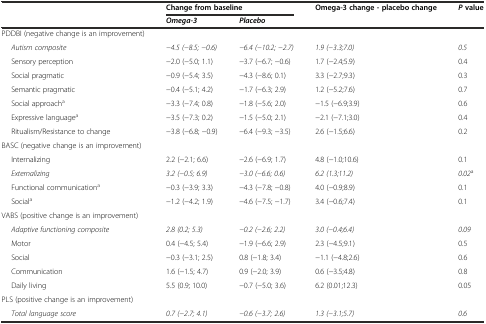
<table><thead><tr><td rowspan="2"></td><td colspan="2"><b>Change from baseline</b></td><td><b>Omega-3 change - placebo change</b></td><td><b><i>P</i>value</b></td></tr><tr><td><b><i>Omega-3</i></b></td><td><b><i>Placebo</i></b></td><td></td><td></td></tr></thead><tbody><tr><td>PDDBI (negative change is an improvement)</td><td></td><td></td><td></td><td></td></tr><tr><td><i>Autism composite</i></td><td><i>−4.5 (−8.5; −0.6)</i></td><td><i>−6.4 (−10.2; −2.7)</i></td><td><i>1.9 (−3.3;7.0)</i></td><td><i>0.5</i></td></tr><tr><td>Sensory perception</td><td>−2.0 (−5.0; 1.1)</td><td>−3.7 (−6.7; −0.6)</td><td>1.7 (−2.4;5.9)</td><td>0.4</td></tr><tr><td>Social pragmatic</td><td>−0.9 (−5.4; 3.5)</td><td>−4.3 (−8.6; 0.1)</td><td>3.3 (−2.7;9.3)</td><td>0.3</td></tr><tr><td>Semantic pragmatic</td><td>−0.4 (−5.1; 4.2)</td><td>−1.7 (−6.3; 2.9)</td><td>1.2 (−5.2;7.6)</td><td>0.7</td></tr><tr><td>Social approach<sup>a</sup></td><td>−3.3 (−7.4; 0.8)</td><td>−1.8 (−5.6; 2.0)</td><td>−1.5 (−6.9;3.9)</td><td>0.6</td></tr><tr><td>Expressive language<sup>a</sup></td><td>−3.5 (−7.3; 0.2)</td><td>−1.5 (−5.0; 2.1)</td><td>−2.1 (−7.1;3.0)</td><td>0.4</td></tr><tr><td>Ritualism/Resistance to change</td><td>−3.8 (−6.8; −0.9)</td><td>−6.4 (−9.3; −3.5)</td><td>2.6 (−1.5;6.6)</td><td>0.2</td></tr><tr><td>BASC (negative change is an improvement)</td><td></td><td></td><td></td><td></td></tr><tr><td>Internalizing</td><td>2.2 (−2.1; 6.6)</td><td>−2.6 (−6.9; 1.7)</td><td>4.8 (−1.0;10.6)</td><td>0.1</td></tr><tr><td><i>Externalizing</i></td><td><i>3.2 (−0.5; 6.9)</i></td><td><i>−3.0 (−6.6; 0.6)</i></td><td><i>6.2 (1.3;11.2)</i></td><td><i>0.02</i><sup>a</sup></td></tr><tr><td>Functional communication<sup>a</sup></td><td>−0.3 (−3.9; 3.3)</td><td>−4.3 (−7.8; −0.8)</td><td>4.0 (−0.9;8.9)</td><td>0.1</td></tr><tr><td>Social<sup>a</sup></td><td>−1.2 (−4.2; 1.9)</td><td>−4.6 (−7.5; −1.7)</td><td>3.4 (−0.6;7.4)</td><td>0.1</td></tr><tr><td>VABS (positive change is an improvement)</td><td></td><td></td><td></td><td></td></tr><tr><td><i>Adaptive functioning composite</i></td><td><i>2.8 (0.2; 5.3)</i></td><td><i>−0.2 (−2.6; 2.2)</i></td><td><i>3.0 (−0.4;6.4)</i></td><td><i>0.09</i></td></tr><tr><td>Motor</td><td>0.4 (−4.5; 5.4)</td><td>−1.9 (−6.6; 2.9)</td><td>2.3 (−4.5;9.1)</td><td>0.5</td></tr><tr><td>Social</td><td>−0.3 (−3.1; 2.5)</td><td>0.8 (−1.8; 3.4)</td><td>−1.1 (−4.8;2.6)</td><td>0.6</td></tr><tr><td>Communication</td><td>1.6 (−1.5; 4.7)</td><td>0.9 (−2.0; 3.9)</td><td>0.6 (−3.5;4.8)</td><td>0.8</td></tr><tr><td>Daily living</td><td>5.5 (0.9; 10.0)</td><td>−0.7 (−5.0; 3.6)</td><td>6.2 (0.01;12.3)</td><td>0.05</td></tr><tr><td>PLS (positive change is an improvement)</td><td></td><td></td><td></td><td></td></tr><tr><td><i>Total language</i><i>score</i></td><td><i>0.7 (−2.7; 4.1)</i></td><td><i>−0.6 (−3.7; 2.6)</i></td><td><i>1.3 (−3.1;5.7)</i></td><td><i>0.6</i></td></tr></tbody></table>